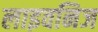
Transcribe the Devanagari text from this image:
लाइवनिज